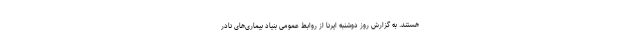
هستند. به گزارش روز دوشنبه ایرنا از روابط عمومی بنیاد بیماری‌های نادر